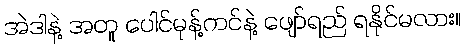
အဲဒါနဲ့ အတူ ပေါင်မုန့်ကင်နဲ့ ဖျော်ရည် ရနိုင်မလား။